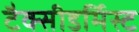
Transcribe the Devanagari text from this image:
टैक्सीडर्मिस्ट